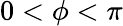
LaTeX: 0<\phi<\pi